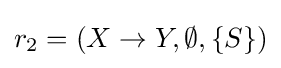
r_{2}=(X\to Y,\emptyset ,\{S\})